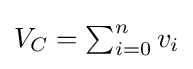
{\textstyle V_{C}=\sum _{i=0}^{n}v_{i}}